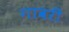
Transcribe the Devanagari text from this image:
गावरी